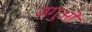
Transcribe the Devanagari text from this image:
जगुओं